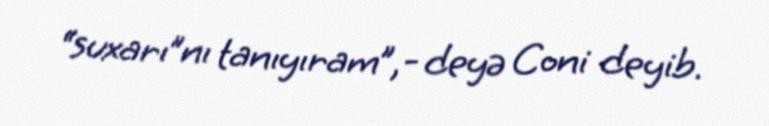
“suxarı”nı tanıyıram”,- deyə Coni deyib.